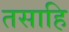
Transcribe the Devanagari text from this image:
तसाहि